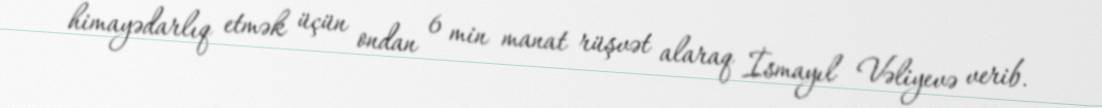
himayədarlıq etmək üçün ondan 6 min manat rüşvət alaraq İsmayıl Vəliyevə verib.